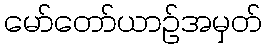
မော်တော်ယာဉ်အမှတ်